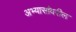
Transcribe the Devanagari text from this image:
अभ्यासांवरील